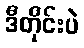
ဒီတိုင်းပဲ